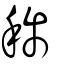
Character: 稱